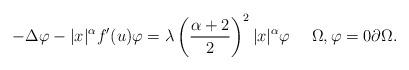
LaTeX: \begin{align*} -\Delta \varphi - |x|^{\alpha} f'(u) \varphi = \lambda \left( \frac{\alpha+2}{2}\right)^{2} |x|^{\alpha} \varphi \ \ \ \ \Omega, \varphi = 0 \partial \Omega.\end{align*}